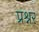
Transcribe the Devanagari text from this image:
प्रश्नर